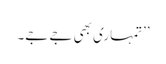
’’تمہاری بھی جے جے۔